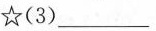
☆(3)___